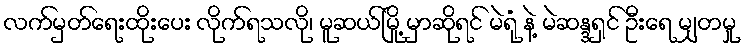
လက်မှတ်ရေးထိုးပေး လိုက်ရသလို၊ မူဆယ်မြို့ မှာဆိုရင် မဲရုံ နဲ့ မဲဆန္ဒရှင် ဦးရေ မျှတမှု